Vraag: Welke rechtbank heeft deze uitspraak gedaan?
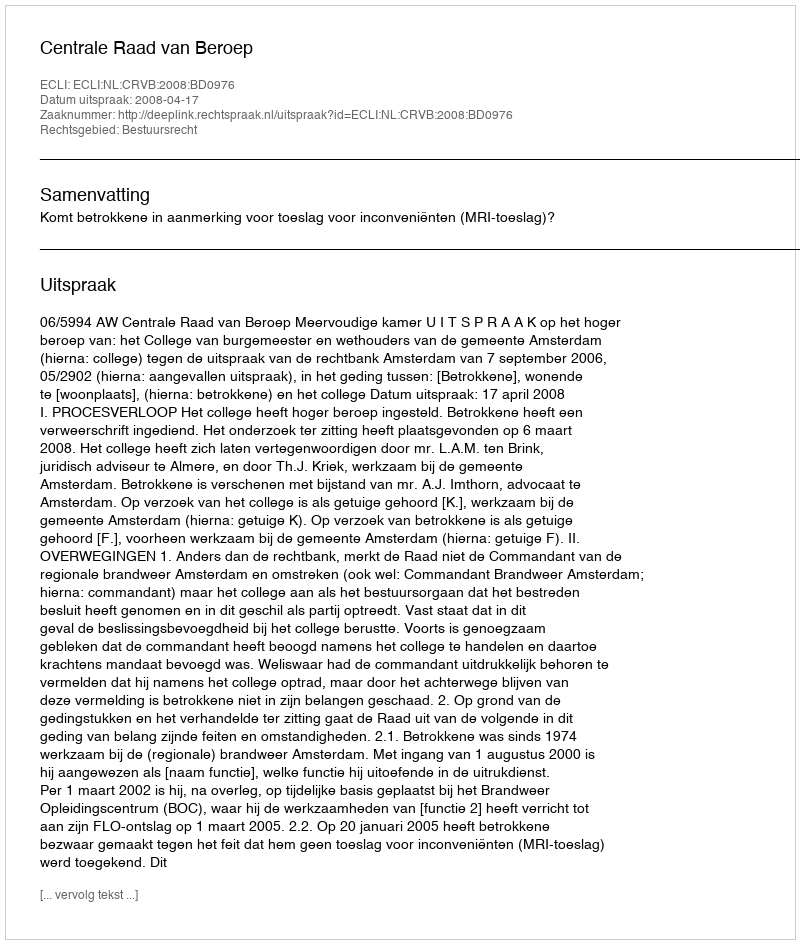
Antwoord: Centrale Raad van Beroep